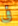
فى